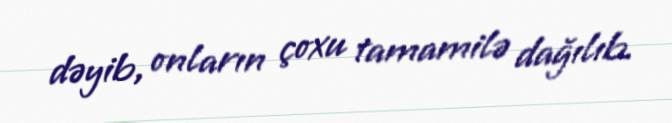
dəyib, onların çoxu tamamilə dağılıb.